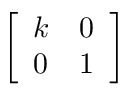
\left[ \begin{array} { l l } { k } & { 0 } \\ { 0 } & { 1 } \end{array} \right]